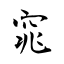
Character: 窕